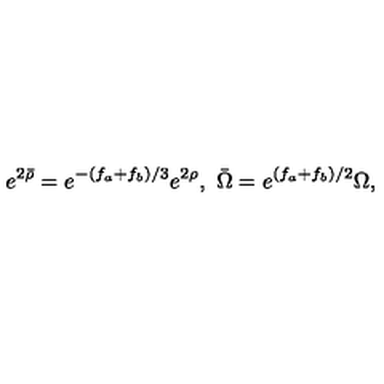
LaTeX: e ^ { 2 \bar { \rho } } = e ^ { - ( f _ { a } + f _ { b } ) / 3 } e ^ { 2 \rho } , \ \bar { \Omega } = e ^ { ( f _ { a } + f _ { b } ) / 2 } \Omega ,